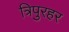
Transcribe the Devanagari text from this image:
त्रिपुरहर